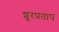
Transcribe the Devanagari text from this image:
शूरप्रताप